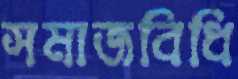
সমাজবিধি